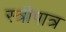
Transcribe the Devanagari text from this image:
स्त्रीपात्र